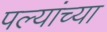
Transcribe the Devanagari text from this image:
पल्यांच्या